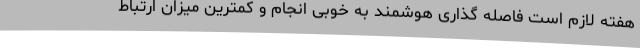
هفته لازم است فاصله گذاری هوشمند به خوبی انجام و کمترین میزان ارتباط